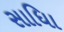
સાધિા